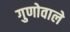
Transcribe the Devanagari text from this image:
गुणोवाले